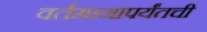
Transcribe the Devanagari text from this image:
वर्तमानापर्यंतची